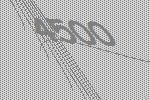
4500